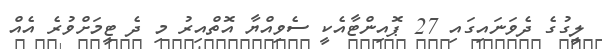
ލީގުގެ ދެވަނައިގައި 27 ޕޮއިންޓާއެކީ ސެވިއްޔާ އޮތްއިރު މި ދެ ޓީމަށްވުރެ އެއް